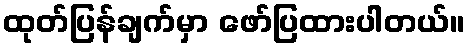
ထုတ်ပြန်ချက်မှာ ဖော်ပြထားပါတယ်။